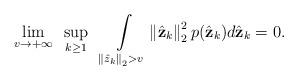
LaTeX: \begin{align*}\underset{v\rightarrow +\infty}{\lim}\ \ \underset{k\ge1}{\sup}\ \ \int\limits_{\left\| \hat{z}_k \right\|_2 > v} \left\| \hat{\mathbf{z}}_k \right\|_2^2 p(\hat{\mathbf{z}}_k) d\hat{\mathbf{z}}_k = 0.\end{align*}